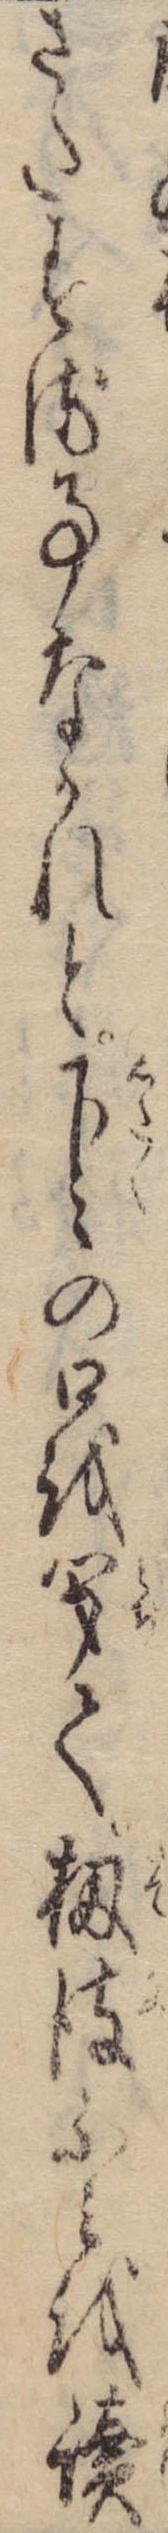
さたする事なかれと下々の口を閉て扨彼ふみを読